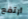
ارتفع